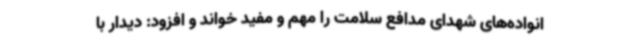
انواده‌های شهدای مدافع سلامت را مهم و مفید خواند و افزود: دیدار با